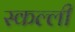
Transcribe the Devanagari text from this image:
स्कल्ली